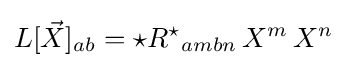
L[{\vec {X}}]_{ab}={{\star }R^{\star }}_{ambn}\,X^{m}\,X^{n}